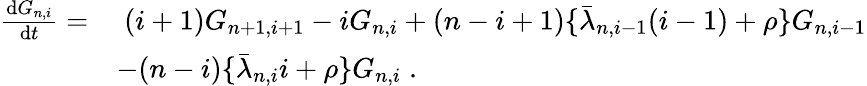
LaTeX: \begin{array}{rl}{\frac{\mathrm{d}G_{n,i}}{\mathrm{d}t}=}&{\; (i+1)G_{n+1,i+1}-iG_{n,i}+(n-i+1)\lbrace\bar{\lambda}_{n,i-1}(i-1)+\rho\rbrace G_{n,i-1}}\\ &{-(n-i)\lbrace\bar{\lambda}_{n,i}i+\rho\rbrace G_{n,i}\; .}\end{array}